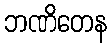
ဘဏိတေန